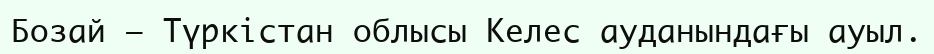
Бозай – Түркістан облысы Келес ауданындағы ауыл.